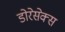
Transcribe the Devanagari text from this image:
डोरेसेक्स